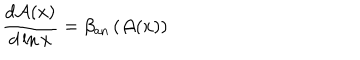
\frac { d { \cal A } ( x ) } { d \ln x } = \beta _ { \mathrm { a n } } \left( { \cal A } ( x ) \right)